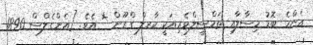
އެންމެ ބޮޑު މިސާލާއި ތަމްސީލްވެރިއަކީ ކާރލް ގްރޫން * އެވެ. [އެންގެލްސް 1890